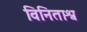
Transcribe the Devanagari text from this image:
विनिताश्व